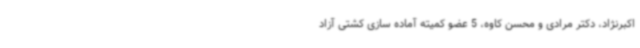
اکبرنژاد، دکتر مرادی و محسن کاوه، 5 عضو کمیته آماده سازی کشتی آزاد